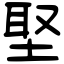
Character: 埾